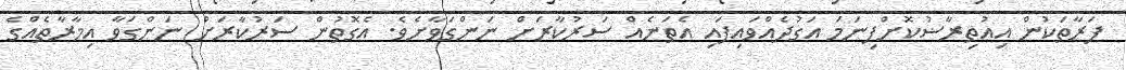
ފަރާތަކުން އިޢުތިރާޟުކޮށްފިނަމަ އަގުދެއްވައިފައި އެތަނެއް ސަރުކާރަށް ނަންގަވާށެވެ. އެގޮތުން ސަރުކާރަށް ނަންގަވާ އިމާރާތެއްގެ